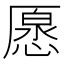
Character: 𠪰